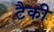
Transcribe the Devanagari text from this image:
टैकी